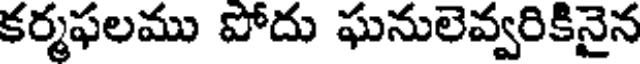
కర్మఫలము పోదు ఘనులెవ్వరికినైన